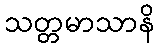
သတ္တမာသာနိ